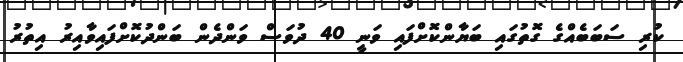
ކުރި ސަބަބެއްގެ ގޮތުގައި ބަޔާންކޮށްފައި ވަނީ 40 ދުވަސް ވަންދެން ބަންދުކޮށްފައިވާއިރު އިތުރު